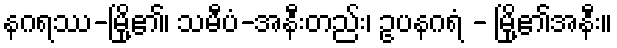
နဂရဿ-မြို့၏၊ သမီပံ-အနီးတည်း၊ ဥပနဂရံ - မြို့၏အနီး။